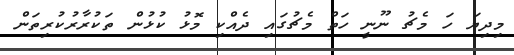
މިދިޔަ ހަ މެޗު ނޫނީ ހަތް މެޗުގައި ދެއްކި މޮޅު ކުޅުން ތަކުރާރުކުރިތަން